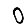
Digit: 0